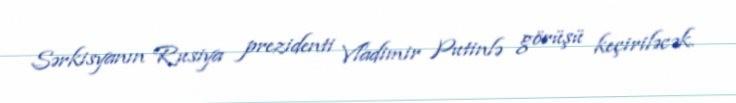
Sərkisyanın Rusiya prezidenti Vladimir Putinlə görüşü keçiriləcək.